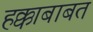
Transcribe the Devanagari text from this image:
हक्काबाबत